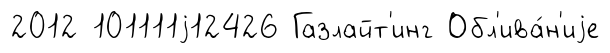
2012 101111j12426 Газлайт'инг Обл'ива́н'иjе